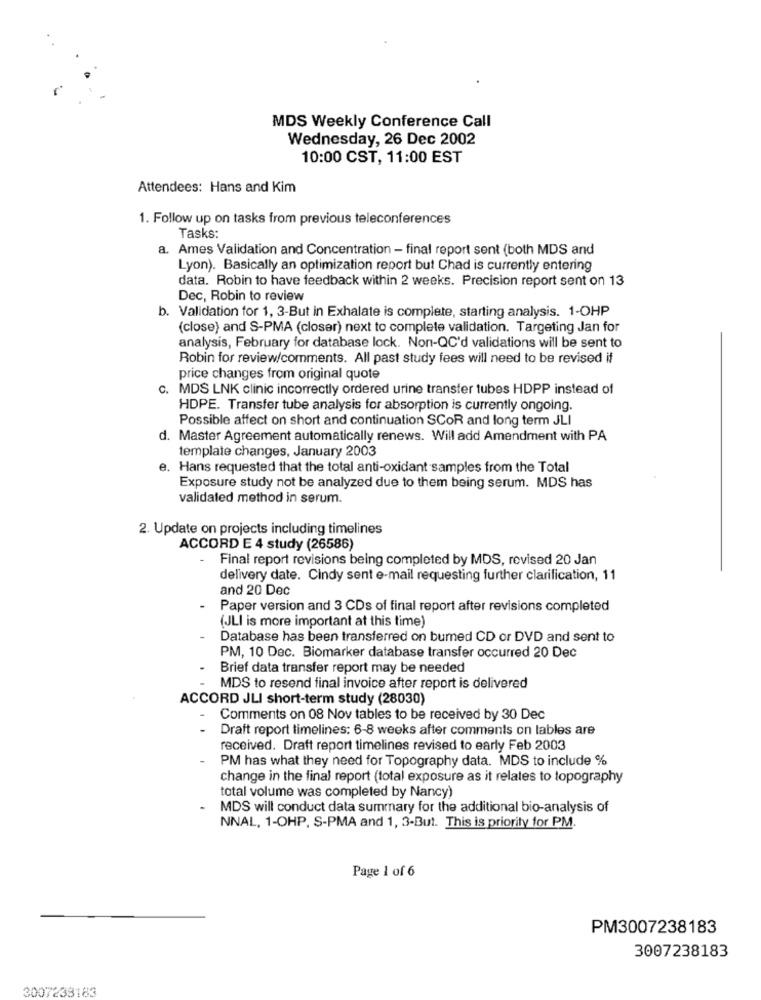
MDS Weekly Conference Call
Wednesday, 26 Dec 2002
10:00 CST, 11:00 EST
Attendees: Hans and Kim
1. Follow up on tasks from previous teleconferences
Tasks:
a. Ames Validation and Concentration - final report sent (both MDS and
Lyon). Basically an optimization report but Chad is currently entering
data. Robin to have feedback within 2 weeks. Precision report sent on 13
Dec, Robin to review
b. Validation for 1, 3-But in Exhalate is complete, starting analysis. 1-OHP
(close) and S-PMA (closer) next to complete validation. Targeting Jan for
analysis, February for database lock. Non-QC'd validations will be sent to
Robin for review/comments. All past study fees will need to be revised if
price changes from original quote
c. MDS LNK clinic incorrectly ordered urine transfer tubes HDPP instead of
HDPE. Transfer tube analysis for absorption is currently ongoing.
Possible affect on short and continuation SCOR and long term JLI
d. Master Agreement automatically renews. Will add Amendment with PA
template changes, January 2003
e. Hans requested that the total anti-oxidant samples from the Total
Exposure study not be analyzed due to them being serum. MDS has
validated method in serum.
2. Update on projects including timelines
ACCORD E 4 study (26586)
- Final report revisions being completed by MDS, revised 20 Jan
delivery date. Cindy sent e-mail requesting further clarification, 11
and 20 Dec
Paper version and 3 CDs of final report after revisions completed
(JLI is more important at this time)
Database has been transferred on bumed CD or DVD and sent to
PM, 10 Dec. Biomarker database transfer occurred 20 Dec
Brief data transfer report may be needed
MDS to resend final invoice after report is delivered
ACCORD JLI short-term study (28030)
Comments on 08 Nov tables to be received by 30 Dec
Draft report timelines: 6-8 weeks after comments on lables are
received. Draft report timelines revised to early Feb 2003
PM has what they need for Topography data. MDS to include %
change in the final report (total exposure as it relates to topography
total volume was completed by Nancy)
MDS will conduct data summary for the additional bio-analysis of
NNAL, 1-OHP. S-PMA and 1, 3-But. This is priority for PM.
Page 1 of 6
PM3007238183
3007238183
3007238183